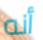
أنه